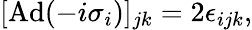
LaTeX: \begin{array}{r}{[\mathrm{Ad}(-i\sigma_{i})]_{jk}=2\epsilon_{ijk},}\end{array}